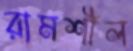
রামশীল